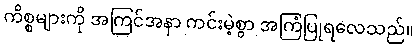
ကိစ္စများကို အကြင်အနာ ကင်းမဲ့စွာ အကြံပြုရလေသည်။